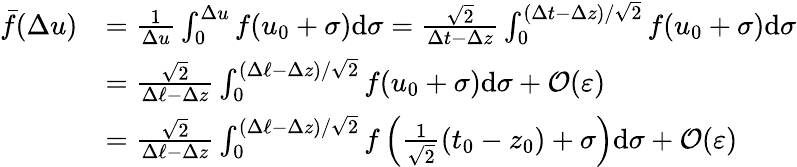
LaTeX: \begin{array}{rl}{\bar{f}(\Delta u)}&{=\frac{1}{\Delta u}\int_{0}^{\Delta u}f(u_{0}+\sigma)\mathrm{d}\sigma=\frac{\sqrt{2}}{\Delta t-\Delta z}\int_{0}^{(\Delta t-\Delta z)/\sqrt{2}}f(u_{0}+\sigma)\mathrm{d}\sigma}\\ &{=\frac{\sqrt{2}}{\Delta\ell-\Delta z}\int_{0}^{(\Delta\ell-\Delta z)/\sqrt{2}}f(u_{0}+\sigma)\mathrm{d}\sigma+\mathcal O(\varepsilon)}\\ &{=\frac{\sqrt{2}}{\Delta\ell-\Delta z}\int_{0}^{(\Delta\ell-\Delta z)/\sqrt{2}}f\left(\frac{1}{\sqrt{2}}(t_{0}-z_{0})+\sigma\right)\mathrm{d}\sigma+\mathcal O(\varepsilon)}\end{array}